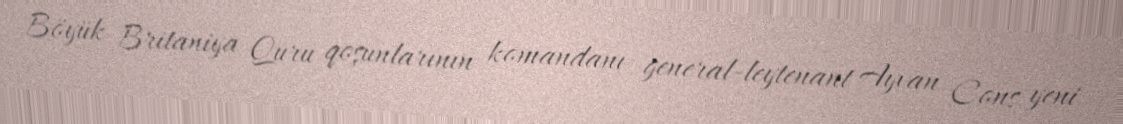
Böyük Britaniya Quru qoşunlarının komandanı general-leytenant Ayvan Cons yeni